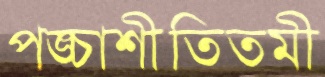
পঙ্চাশীতিতমী